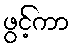
ဖွင့်ကာ